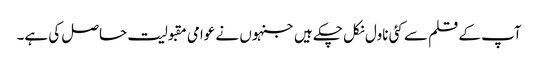
آپ کے قلم سے کئی ناول نکل چکے ہیں جنہوں نے عوامی مقبولیت حاصل کی ہے۔